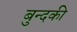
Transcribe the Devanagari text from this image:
बुन्दकी